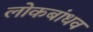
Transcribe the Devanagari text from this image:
लोकबांधव